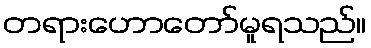
တရားဟောတော်မူရသည်။